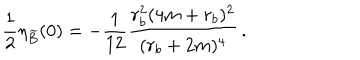
LaTeX: \frac { 1 } { 2 } \eta _ { \widetilde B } ( 0 ) = - \frac { 1 } { 1 2 } \frac { r _ { b } ^ { 2 } ( 4 m + r _ { b } ) ^ { 2 } } { ( r _ { b } + 2 m ) ^ { 4 } } \, .